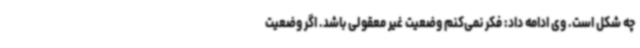
چه شکل است. وی ادامه داد: فکر نمی‌کنم وضعیت غیر معقولی باشد. اگر وضعیت